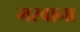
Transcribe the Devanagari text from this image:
मरवाना